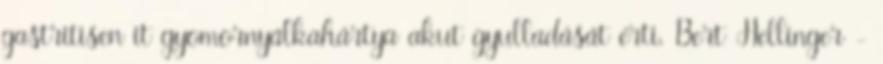
gastritisen it gyomornyálkahártya akut gyulladását érti. Bert Hellinger -